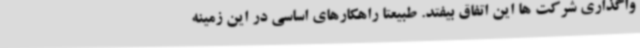
واگذاری شرکت ها این اتفاق بیفتد. طبیعتا راهکارهای اساسی در این زمینه